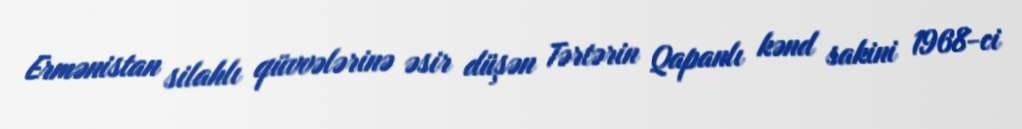
Ermənistan silahlı qüvvələrinə əsir düşən Tərtərin Qapanlı kənd sakini 1968-ci